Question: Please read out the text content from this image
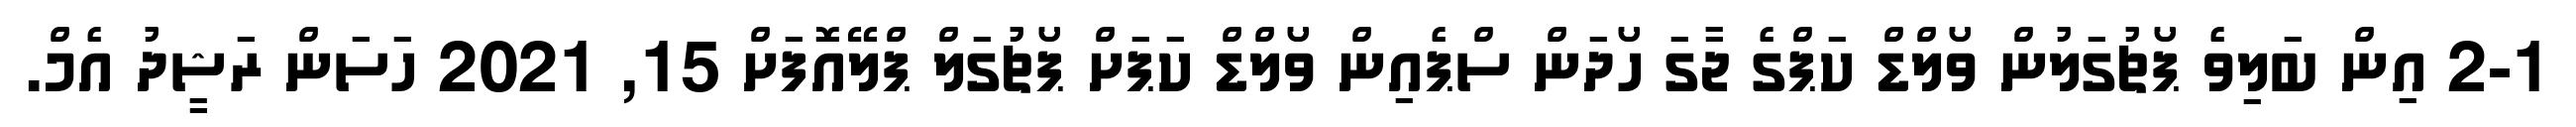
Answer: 2-1 އިން ބަލިވެ ޕޯޗުގަލުން ވޯލްޑް ކަޕްގެ ޖާގަ ހޯދަން ސްޕެއިން ވޯލްޑް ކަޕަށް ޕޯޗުގަލް ޕްލޭއޮފަށް 15, 2021 ހަސަން ރަޝީދު އެމް.